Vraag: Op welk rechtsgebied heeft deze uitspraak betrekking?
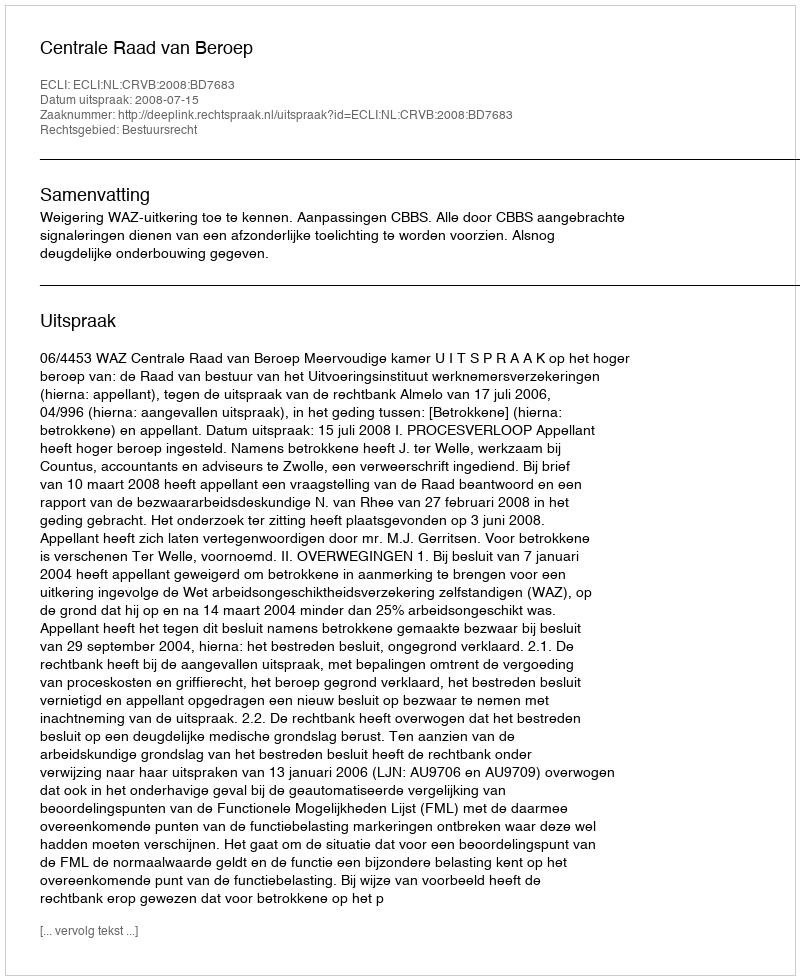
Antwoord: Bestuursrecht